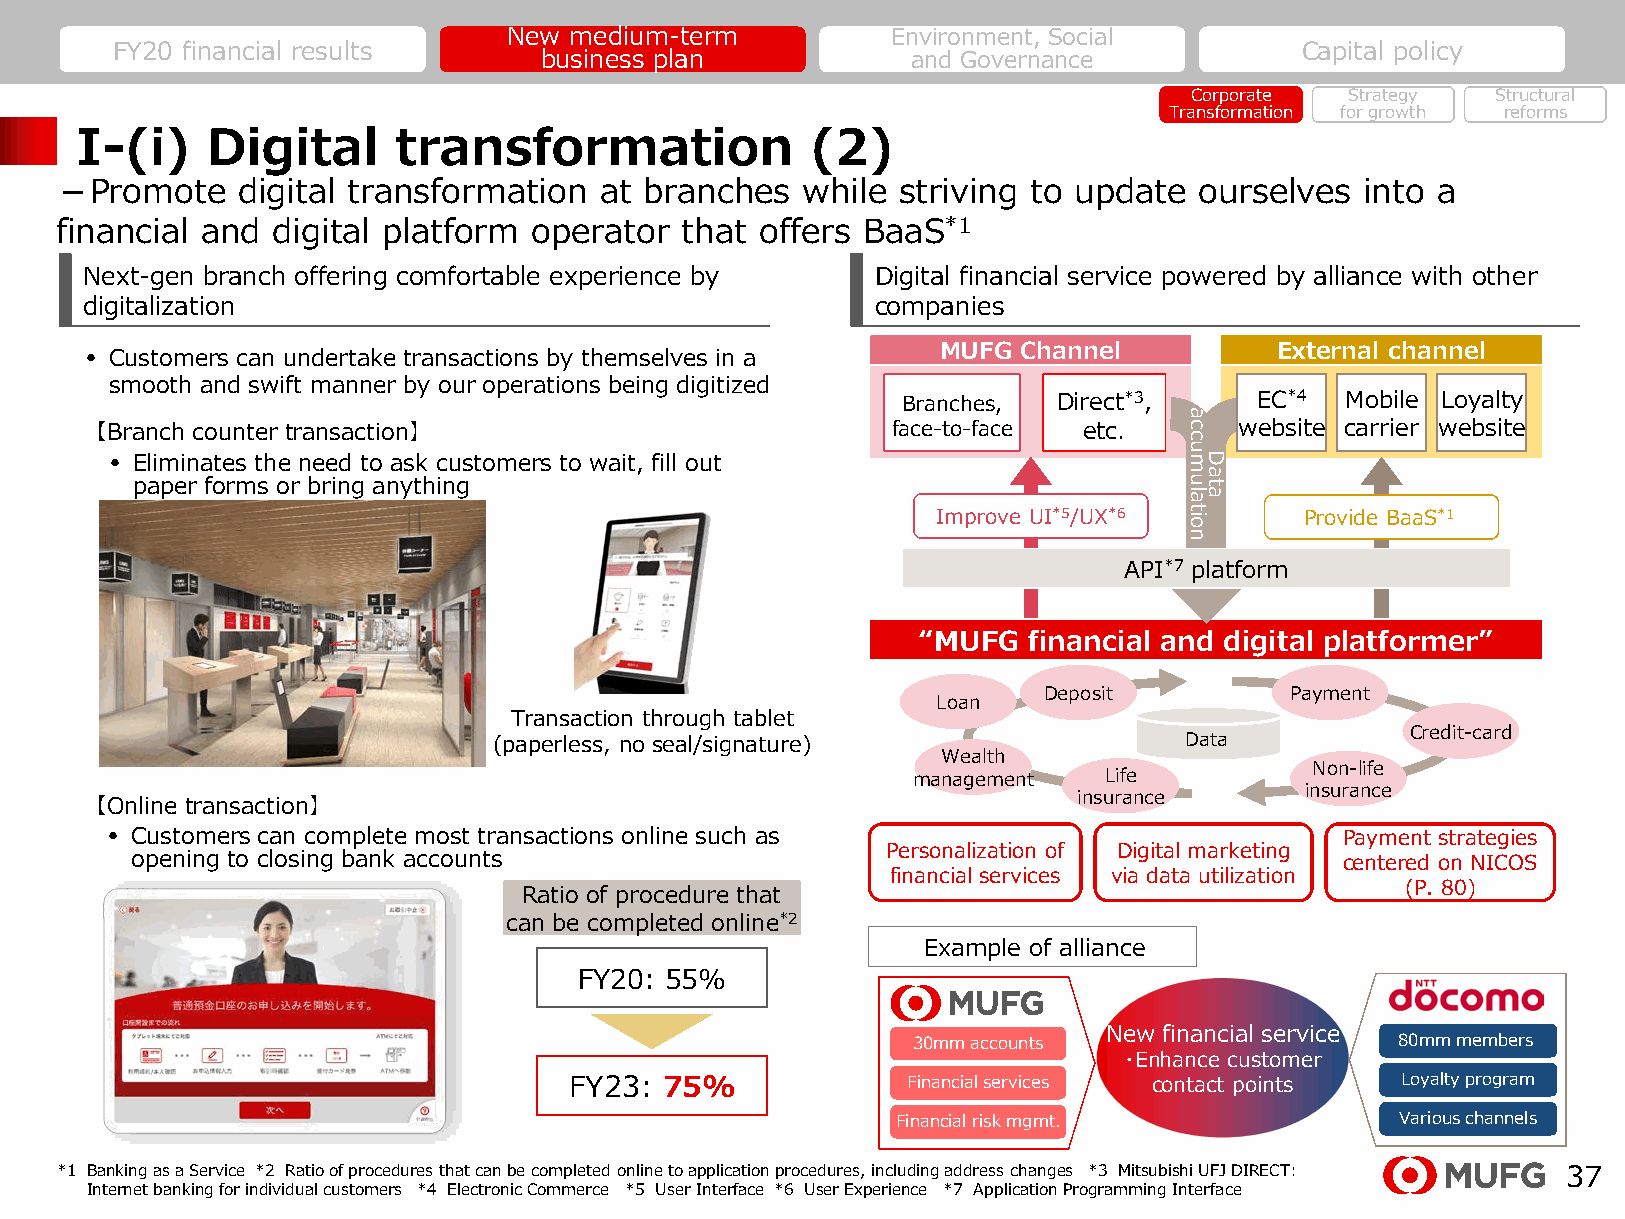
New medium-term          Environment, Social
 FY20 financial results                                                         Capital policy
 business plan           and Governance
 Corporate Strategy  Structural
 Transformation for growth reforms
 I-(i)    Digital     transformation              (2)
 －Promote    digital transformation  at branches  while  striving to update ourselves  into a
 financial and digital platform operator  that offers BaaS*1
 Next-gen branch offering comfortable experience by   Digital financial service powered by alliance with other
 digitalization                                       companies
 • Customers can undertake transactions by themselves in a MUFG Channel         External channel
 smooth and swift manner by our operations being digitized
 Branches, Direct*3,    EC*4  Mobile Loyalty
 【Branch counter transaction】                         face-to-face etc.      website carrier website
 • Eliminates the need to ask customers to wait, fill out
 paper forms or bring anything
 Improve UI*5/UX*6       Provide BaaS*1
 API*7 platform
 “MUFG  financial and digital platformer”
 Deposit         Payment
 Loan
 Transaction through tablet
 Credit-card
 (paperless, no seal/signature)               Data
 Wealth
 Non-life
 management   Life
 insurance
 insurance
 【Online transaction】
 • Customers can complete most transactions online such as                         Payment strategies
 Personalization of Digital marketing
 opening to closing bank accounts                                                centered on NICOS
 financial services via data utilization
 (P. 80)
 Ratio of procedure that
 can be completed online*2
 Example of alliance
 FY20: 55%
 New financial service
 30mm accounts                    80mm members
 ・Enhance customer
 FY23: 75%             Financial services contact points Loyalty program
 Financial risk mgmt.              Various channels
 *1 Banking as a Service *2 Ratio of procedures that can be completed online to application procedures, including address changes *3 Mitsubishi UFJ DIRECT: 37
 Internet banking for individual customers *4 Electronic Commerce *5 User Interface *6 User Experience *7 Application Programming Interface
 accumulation
 Data